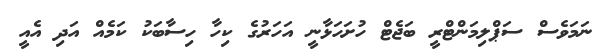
ނަމަވެސް ސަޕްލިމަންޓްރީ ބަޖެޓް ހުށަހަޅާނީ އަހަރުގެ ކިހާ ހިސާބަކު ކަމެއް އަދި އެއީ